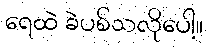
ရေထဲ ခဲပစ်သလိုပေါ့။